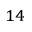
^ { 1 4 }